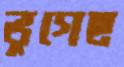
ভুগেছ